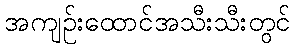
အကျဉ်းထောင်အသီးသီးတွင်